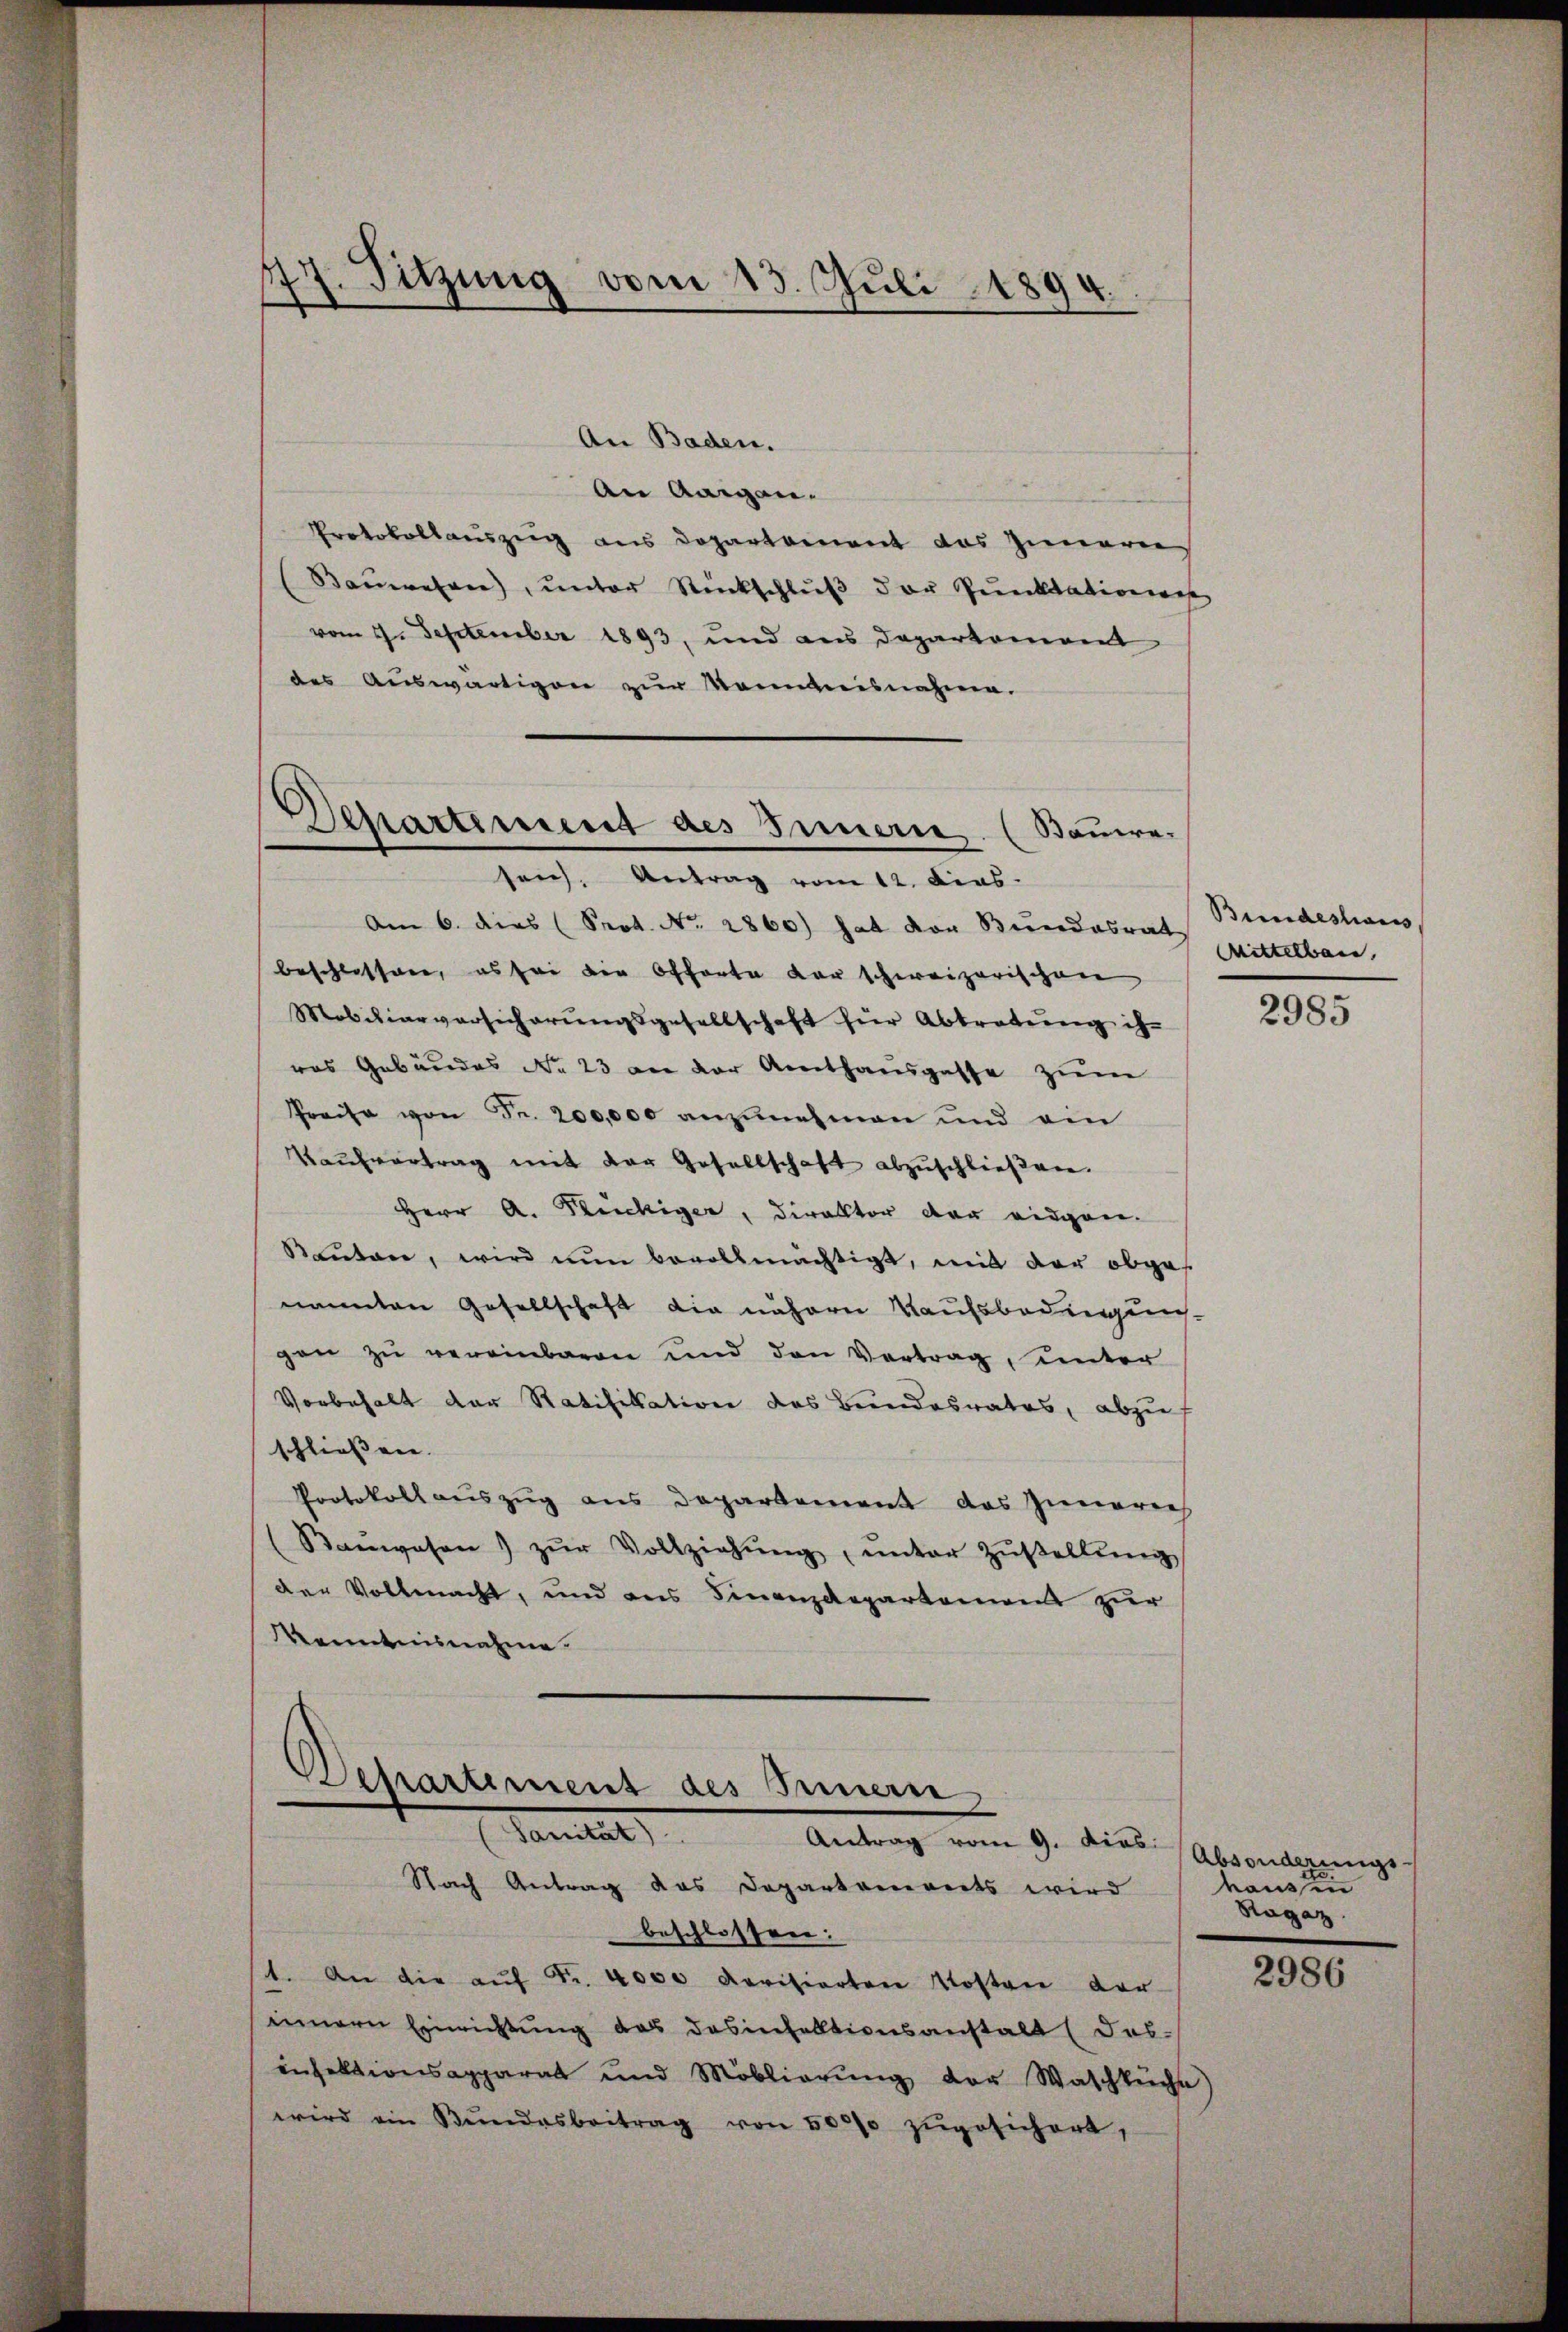
77. Sitzung vom 15. Juli 1894.

An Baden.
An Aargau.
Protokollauszug aus Departement das Zimarie
Bauwesen, unter Rückschluß der Punktatione
vom 4. September 1893, und aus Departement
des Auswärtigen zur Kenntnisnahme.
sens. Antrag vom 12. Dies
Am 6. dies (Prot. No. 2860) hat der Bundesrat
beschlossen, es sei die Offerte der schweizerischen
Mobiliarversicherungsgesellschaft für Abtretung ihras Gebäudes No 23 an der Amthausgasse zum
Preise von Fr. 200,000 anzunehmen und ein
Kaŭfvertrag mit der Gesellschaft abzuschließere.
Herr A. Rückiger, Direktor der eidgen.
Ranton, wird nun bevollmächtigt, mit der obges
nannten Gesellschaft die nähern Kaufsbedingung
gen zŭ vereinbaren und den Vertrag, unter
Vorbehalt der Ratifikation des Bundesrates, abzuf
schliessen.
Protokollauszug aus Departement das Innerers
(Baŭwesen) zŭr Vollziehŭng ŭnter Zŭstellŭng
der Vollmacht, und aus Finanzdepartement zur
Kenntnisnahme.

Departement des Innern (Bauwe¬

Departement des Innen,
Sanitat
Antrag vom 9. dies

Nach Antrag das Departanereits wird
beschlossen:
1. An die aŭf Fr. 4000 Revisierten Kosten der
innern Einrichtung des desinfalltionsanstalt (das-
infektionsapparat und Mobliarŭng der Waschküche)
wird ein Bŭndesbeitrag von 50000 zŭgesichert,

Bundeshauss
Mittelbar,

2985

Absonderungs-
rousin
Ragaz

2986